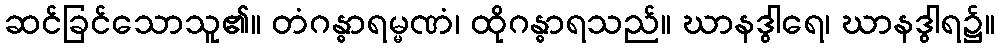
ဆင်ခြင်သောသူ၏။ တံဂန္ဓာရမ္မဏံ၊ ထိုဂန္ဓာရသည်။ ဃာနဒွါရေ၊ ဃာနဒွါရ၌။